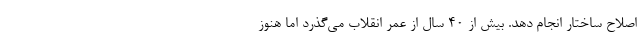
اصلاح ساختار انجام دهد. بیش از ۴۰ سال از عمر انقلاب می‌گذرد اما هنوز